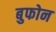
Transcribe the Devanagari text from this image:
बुफोन